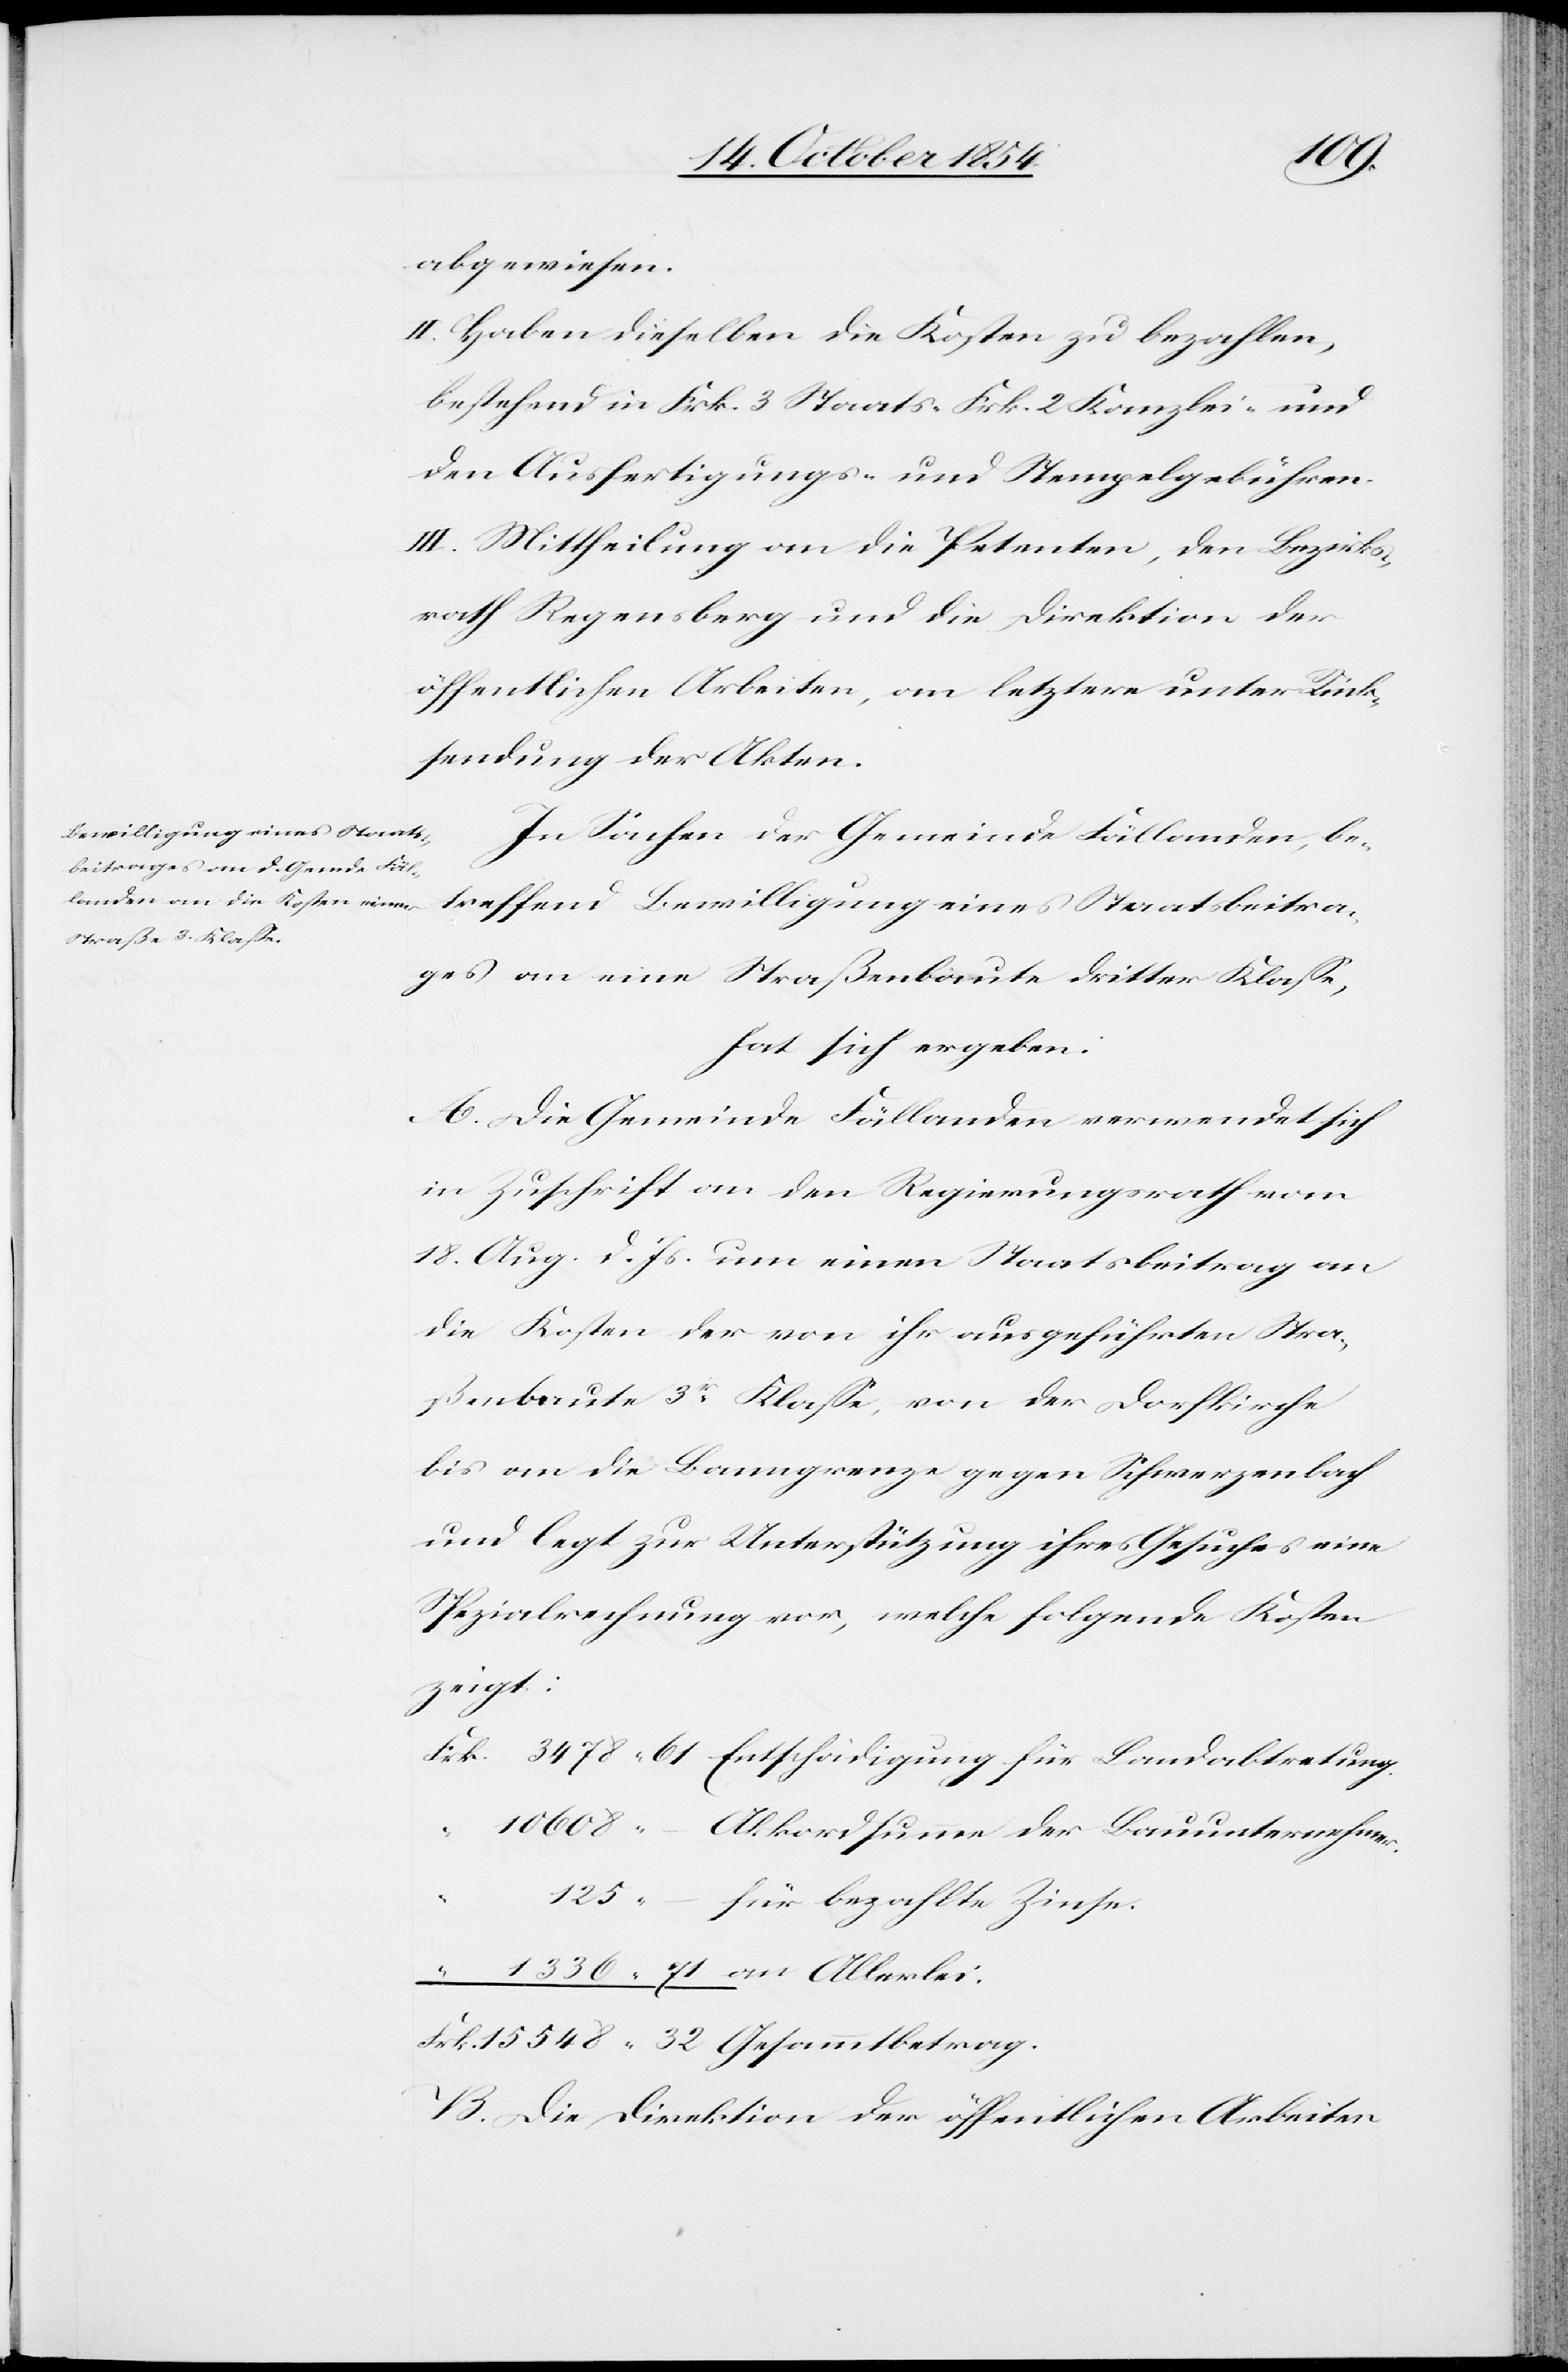
548
abgewiesen.
II. Haben dieselben die Kosten zu bezahlen,
bestehend in Frk. 3 Staats-[,] Frk. 2 Kanzlei und
den Ausfertigungs- und Stempelgebühren.
III. Mittheilung an die Petenten, den Bezirks¬
rath Regensberg und die Direktion der
öffentlichen Arbeiten, an letztere unter Rück¬
sendung der Akten.
Bewilligung eines Staats¬
In Sachen der Gemeinde Fällanden, be¬
ges an eine Straßenbaute dritter Klaße,
hat sich ergeben:
A. Die Gemeinde Fällanden verwendet sich
in Zuschrift an den Regierungsrath vom
18. Aug. d. Js. um einen Staatsbeitrag an
die Kosten der von ihr ausgeführten Stra¬
ßenbaute 3r Klaße, von der Dorfkirche
bis an die Banngrenze gegen Schwerzenbach
und legt zur Unterstützung ihres Gesuches eine
Spezialrechnung vor, welche folgende Kosten
zeigt:
Akkordsumme der Bauunternehmer.
für bezahlte Zinse.
B. Die Direktion der öffentlichen Arbeiten